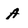
Character: A